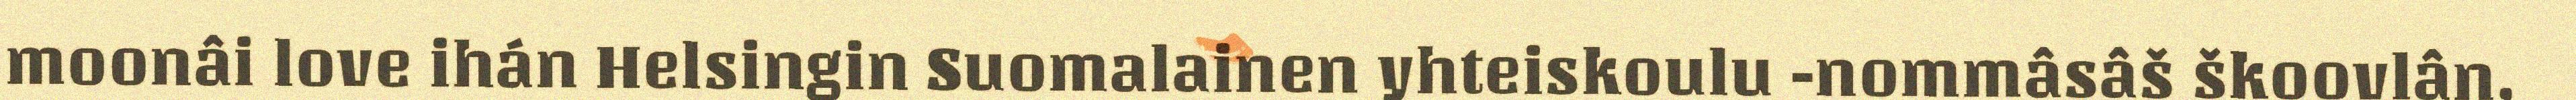
moonâi love ihán Helsingin Suomalainen yhteiskoulu -nommâsâš škoovlân,